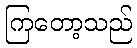
ကြတော့သည်